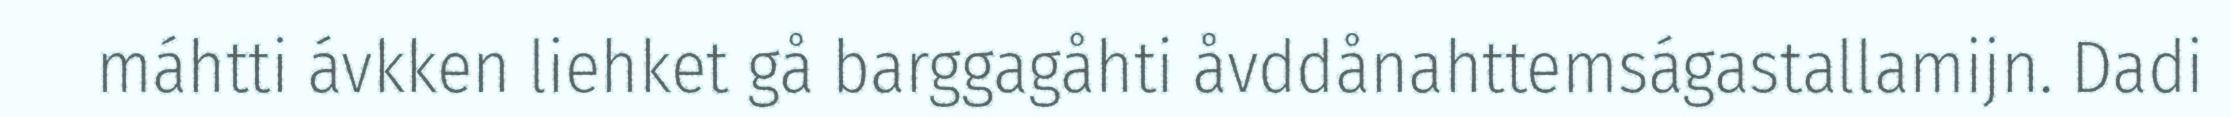
máhtti ávkken liehket gå barggagåhti åvddånahttemságastallamijn. Dadi